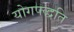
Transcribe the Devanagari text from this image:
योगपद्धति